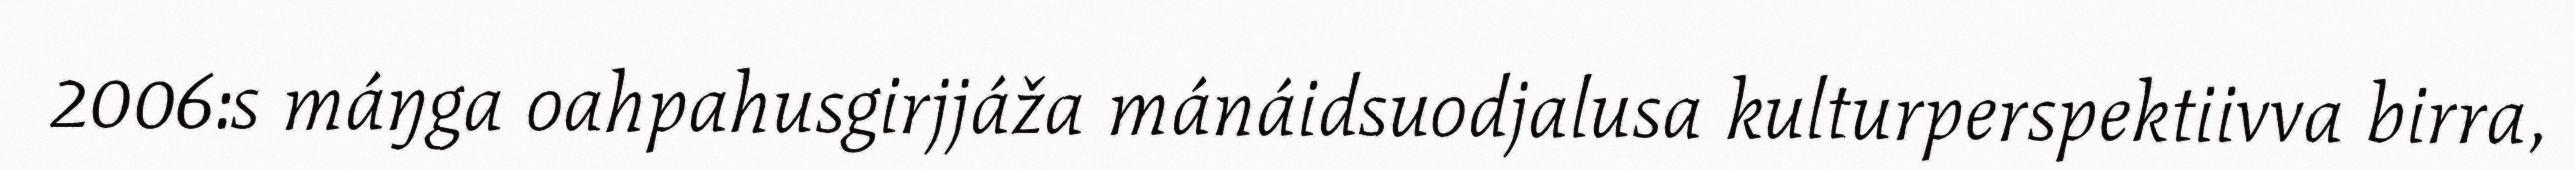
2006:s máŋga oahpahusgirjjáža mánáidsuodjalusa kulturperspektiivva birra,